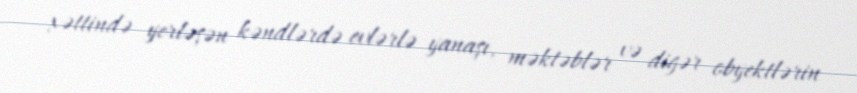
xəttində yerləşən kəndlərdə evlərlə yanaşı, məktəblər və digər obyektlərin